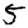
Digit: 5